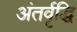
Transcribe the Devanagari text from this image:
अंतर्वृद्धि